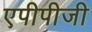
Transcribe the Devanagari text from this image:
एपीपीजी